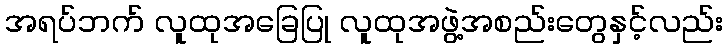
အရပ်ဘက် လူထုအခြေပြု လူထုအဖွဲ့အစည်းတွေနှင့်လည်း